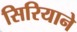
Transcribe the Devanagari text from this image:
सिरियाने